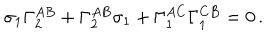
\sigma _ { 1 } \Gamma _ { 2 } ^ { A B } + \Gamma _ { 2 } ^ { A B } \sigma _ { 1 } + \Gamma _ { 1 } ^ { A C } \Gamma _ { 1 } ^ { C B } = 0 \, .